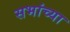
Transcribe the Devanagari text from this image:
सभांच्या